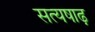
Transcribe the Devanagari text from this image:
सत्यषाढ़